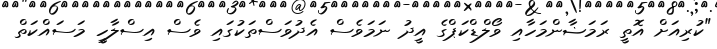
"ކުރިއަށް އޮތީ ރަމަޟާންމަހާއި ވޯލްޑްކަޕްގެ އީދު ނަމަވެސް އެދުވަސްތަކުގައި ވެސް އިސްލާހީ މަސައްކަތް